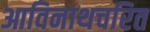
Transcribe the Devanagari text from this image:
आविनाथचरित